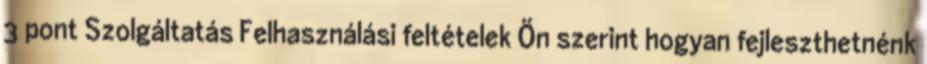
3 pont Szolgáltatás Felhasználási feltételek Ön szerint hogyan fejleszthetnénk